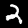
Digit: 2